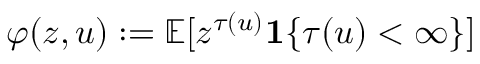
\varphi ( z , u ) : = \mathbb { E } [ z ^ { \tau ( u ) } \mathbf { 1 } \{ \tau ( u ) < \infty \} ]